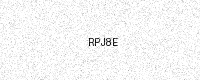
Text: RPJ8E